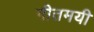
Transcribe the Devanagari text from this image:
गीतमयी